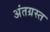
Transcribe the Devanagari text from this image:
अंतग्रस्त